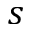
s